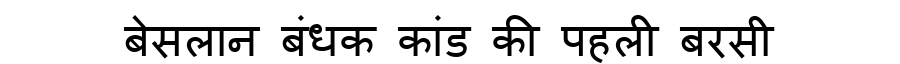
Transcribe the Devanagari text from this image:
बेसलान बंधक कांड की पहली बरसी